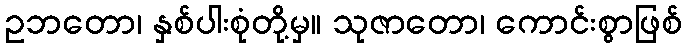
ဥဘတော၊ နှစ်ပါးစုံတို့မှ။ သုဇာတော၊ ကောင်းစွာဖြစ်